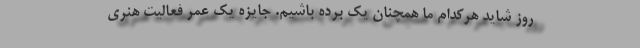
روز شاید هرکدام ما همچنان یک برده باشیم. جایزه یک عمر فعالیت هنری